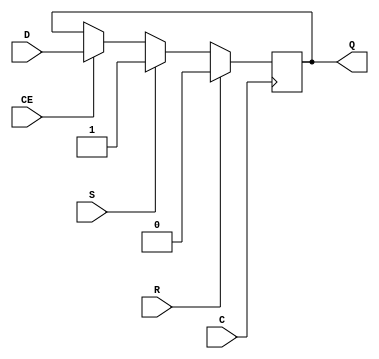
// $Header: /devl/xcs/repo/env/Databases/CAEInterfaces/xec_libs/data/unisims/FDRSE_1.v,v 1.1 2005/05/10 01:20:03 wloo Exp $

/*

FUNCTION	: D-FLIP-FLOP with sync reset, sync set and clock enable

*/

`celldefine
`timescale  100 ps / 10 ps

module FDRSE_1 (Q, C, CE, D, R, S);

    parameter INIT = 1'b0;

    output Q;
    reg    Q;

    input  C, CE, D, R, S;

	always @(negedge C)
	    if (R)
		Q <= 0;
	    else if (S)
		Q <= 1;
	    else if (CE)
		Q <= D;

endmodule